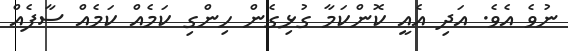
ނުވެ އެވެ. އަދި އެއީ ކޮންކަމާ ގުޅިގެން ހިންގި ކަމެއް ކަމެއް ސާފެއް